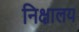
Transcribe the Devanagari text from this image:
निक्षालय